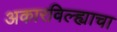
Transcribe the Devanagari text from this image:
अकारविल्ह्याचा